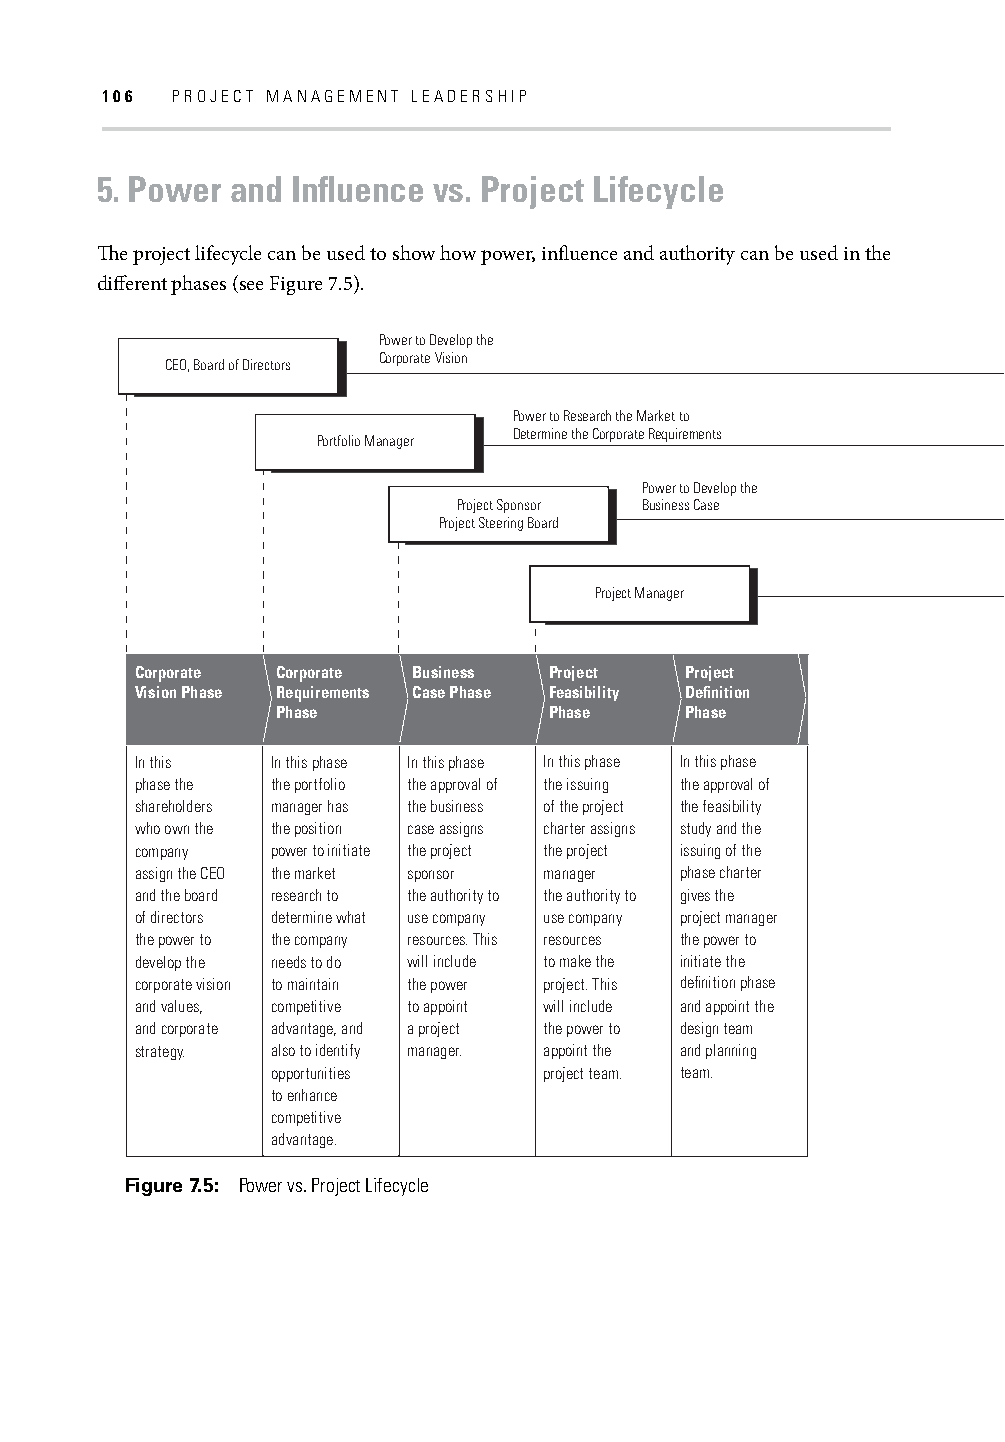
106 PROJECT MANAGEMENT LEADERSHIP
 5. Power and Infl uence vs. Project Lifecycle
 Th e project lifecycle can be used to show how power, infl uence and authority can be used in the
 diff erent phases (see Figure 7.5).
 Power to Develop the
 Corporate Vision
 CEO, Board of Directors
 Power to Research the Market to
 Determine the Corporate Requirements
 Portfolio Manager
 Power to Develop the
 Project Sponsor Business Case
 Project Steering Board
 Project Manager
 Corporate Corporate Business Project Project
 Vision Phase Requirements Case Phase Feasibility Definition
 Phase             Phase    Phase
 In this  In this phase In this phase In this phase In this phase
 phase the the portfolio the approval of the issuing the approval of
 shareholders manager has the business of the project the feasibility
 who own the the position case assigns charter assigns study and the
 company  power to initiate the project the project issuing of the
 assign the CEO the market sponsor manager phase charter
 and the board research to the authority to the authority to gives the
 of directors determine what use company use company project manager
 the power to the company resources. This resources the power to
 develop the needs to do will include to make the initiate the
 corporate vision to maintain the power project. This definition phase
 and values, competitive to appoint will include and appoint the
 and corporate advantage, and a project the power to design team
 strategy. also to identify manager. appoint the and planning
 opportunities     project team. team.
 to enhance
 competitive
 advantage.
 Figure 7.5: Power vs. Project Lifecycle